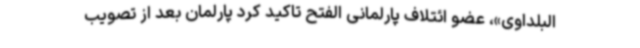
البلداوی»، عضو ائتلاف پارلمانی الفتح تاکید کرد پارلمان بعد از تصویب